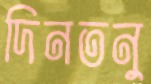
দিনতনু